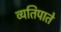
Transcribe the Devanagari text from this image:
व्यतिपाते